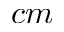
c m